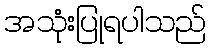
အသုံးပြုရပါသည်